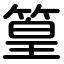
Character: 篁